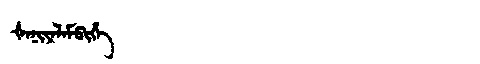
Manchu: ᡧᠠᠨᡳᠶᠠᠯᠠᠮᠪᡳᡥᡝ
Romanization: ŠANIYALAMBIHE